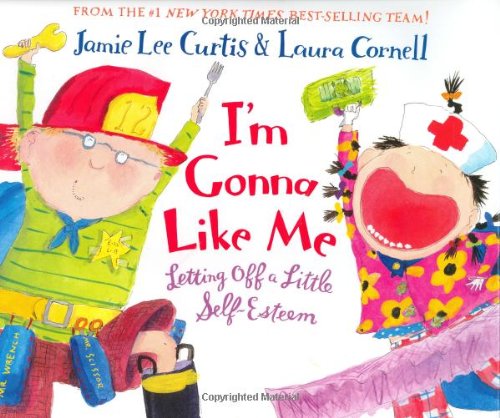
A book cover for I'm Gonna Like Me: Letting Off a Little Self-Esteem; Jamie Lee Curtis; Self-Help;